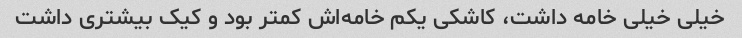
خیلی خیلی خامه داشت، کاشکی یکم خامه‌اش کمتر بود و کیک بیشتری داشت